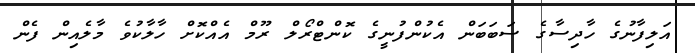
އަލިފާނުގެ ހާދިސާގެ ސަބަބަން އެކުންފުނީގެ ކޮންޓްރޯލް ރޫމް އެއްކޮށް ހާލާކުވެ މާލެއިން ފެން